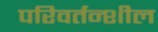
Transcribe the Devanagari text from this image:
परिवर्तन्शील